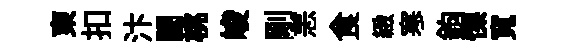
東扣汴闤桃峻剛恙食緻寒鉤慄寬